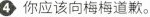
④你应该向梅梅道歉。